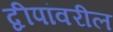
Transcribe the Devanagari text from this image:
द्वीपांवरील